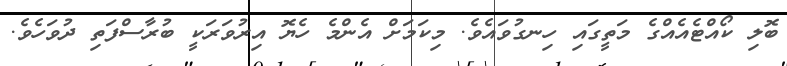
ބޮލި ކޯއްޓެއެއްގެ މަތީގައި ހިނގުވައެވެ. މިކަމަށް އެންމެ ހެޔޮ އިރުވަރަކީ ބުރާސްފަތި ދުވަހެވެ.